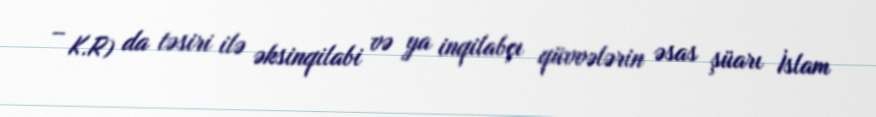
– K.R) da təsiri ilə əksinqilabi və ya inqilabçı qüvvələrin əsas şüarı İslam